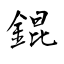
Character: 錕